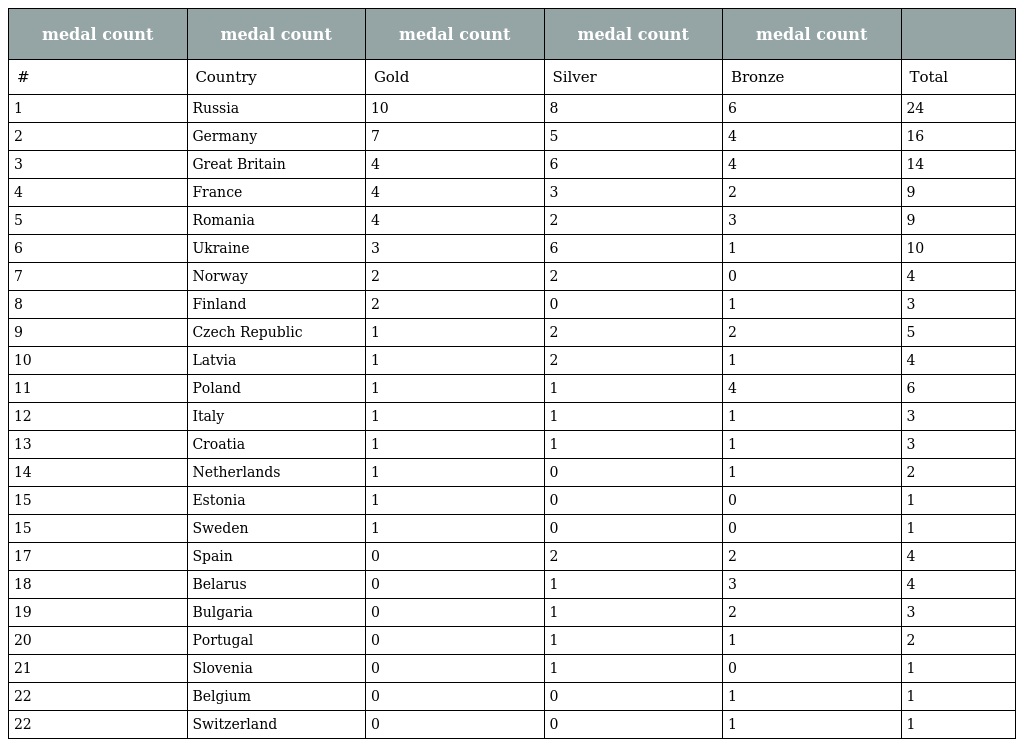
| medal count | medal count | medal count | medal count | medal count |  |
 | --- | --- | --- | --- | --- | --- |
 | # | Country | Gold | Silver | Bronze | Total |
 | 1 | Russia | 10 | 8 | 6 | 24 |
 | 2 | Germany | 7 | 5 | 4 | 16 |
 | 3 | Great Britain | 4 | 6 | 4 | 14 |
 | 4 | France | 4 | 3 | 2 | 9 |
 | 5 | Romania | 4 | 2 | 3 | 9 |
 | 6 | Ukraine | 3 | 6 | 1 | 10 |
 | 7 | Norway | 2 | 2 | 0 | 4 |
 | 8 | Finland | 2 | 0 | 1 | 3 |
 | 9 | Czech Republic | 1 | 2 | 2 | 5 |
 | 10 | Latvia | 1 | 2 | 1 | 4 |
 | 11 | Poland | 1 | 1 | 4 | 6 |
 | 12 | Italy | 1 | 1 | 1 | 3 |
 | 13 | Croatia | 1 | 1 | 1 | 3 |
 | 14 | Netherlands | 1 | 0 | 1 | 2 |
 | 15 | Estonia | 1 | 0 | 0 | 1 |
 | 15 | Sweden | 1 | 0 | 0 | 1 |
 | 17 | Spain | 0 | 2 | 2 | 4 |
 | 18 | Belarus | 0 | 1 | 3 | 4 |
 | 19 | Bulgaria | 0 | 1 | 2 | 3 |
 | 20 | Portugal | 0 | 1 | 1 | 2 |
 | 21 | Slovenia | 0 | 1 | 0 | 1 |
 | 22 | Belgium | 0 | 0 | 1 | 1 |
 | 22 | Switzerland | 0 | 0 | 1 | 1 |